Report of an investigation into the causes of malaria in Bombay and the measures necessary for its control
Disease focus: Malaria
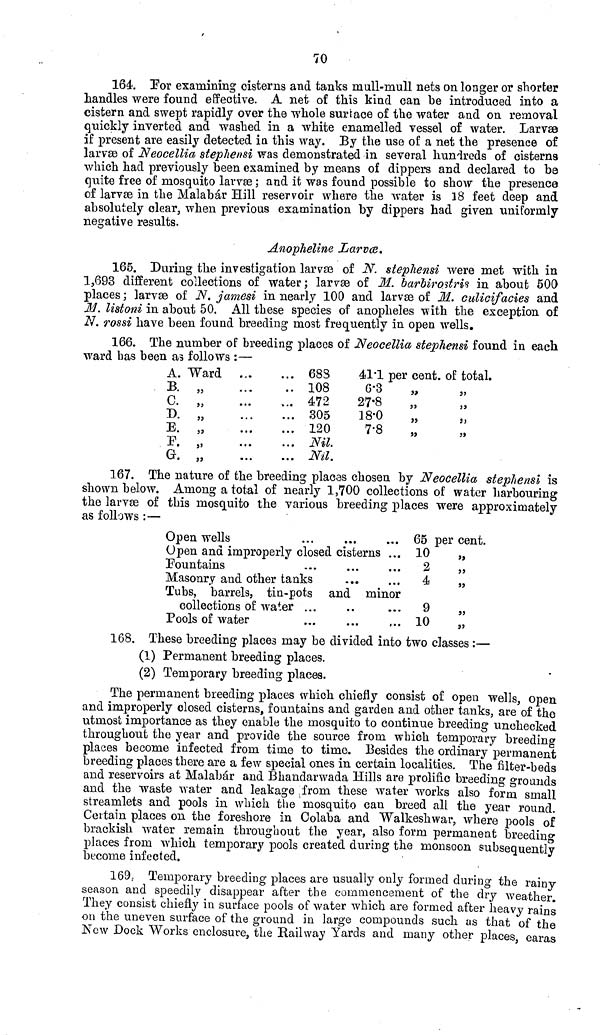
70
164. For examining cisterns and tanks mull-mull nets on longer or shorter
handles were found effective. A net of this kind can be introduced into a
cistern and swept rapidly over the whole surface of the water and on removal
quickly inverted and washed in a white enamelled vessel of water. Larvae
if present are easily detected in this way. By the use of a net the presence of
larvæ of Neocellia stephensi was demonstrated in several hundreds of cisterns
which had previously been examined by means of dippers and declared to be
quite free of mosquito larvæ ; and it was found possible to show the presence
of larvæ in the Malabár Hill reservoir where the water is 18 feet deep and
absolutely clear, when previous examination by dippers had given uniformly
negative results.
Anopheline Larvæ.
165. During the investigation larvæ of N. stephensi were met with in
1,693 different collections of water; larvæ of 31. barbirostris in about 500
places ; larvæ of N. jamesi in nearly 100 and larvæ of M. culicifacies and
31. listoni in about 50. All these species of anopheles with the exception of
N, rossi have been found breeding most frequently in open wells.
166. The number of breeding places of Neocellia stephensi found in each
ward has been as follows :—
A.
B.
C.
D.
E.
P.
G.
Ward
..
,s
..
.. 683
. 108
472
.. 305
.. 120
.. Nil.
.. Nil.
41.1
6.3
27.8
18.0
7.8
per cent.
»
5)
i>
of total.
5>
167. The nature of the breeding places chosen by Neocellia stephensi is
shown below. Among a total of nearly 1,700 collections of water harbouring
the larvæ of this mosquito the various breeding places were approximately
as follows :—
Open wells
Open and improperly closed cisterns ..
Fountains
Masonry and other tanks
Tubs, barrels, tin-pots and minor
collections of water ..
Pools of water
65 per cent.
10
2
10
168. These breeding places may be divided into two classes :—
(1) Permanent breeding places.
(2) Temporary breeding places.
The permanent breeding places which chiefly consist of open wells, open
and improperly closed cisterns, fountains and garden and other tanks, are of the
utmost importance as they enable the mosquito to continue breeding unchecked
throughout the year and provide the source from which temporary breeding
places become infected from time to time. Besides the ordinary permanent
breeding places there are a few special ones in certain localities. The filter-beds
and reservoirs at Malabár and Bhandarwada Hills are prolific breeding grounds
and the waste water and leakage from these water works also form small
streamlets and pools in which the mosquito can breed all the year round.
Certain places on the foreshore in Colaba and Walkeshwar, where pools of
brackish water remain throughout the year, also form permanent breeding
places from which temporary pools created during the monsoon subsequently
become infected.
169. Temporary breeding places are usually only formed during the rainy
season and speedily disappear after the commencement of the dry weather.
They consist chiefly in surface pools of water which are formed after heavy rains
on the uneven surface of the ground in large compounds such as that of the
New Dock Works enclosure, the Railway Yards and many other places, earas